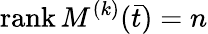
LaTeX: \operatorname{rank}M^{(k)}({\bar{t}})=n